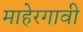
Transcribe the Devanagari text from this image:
माहेरगावी